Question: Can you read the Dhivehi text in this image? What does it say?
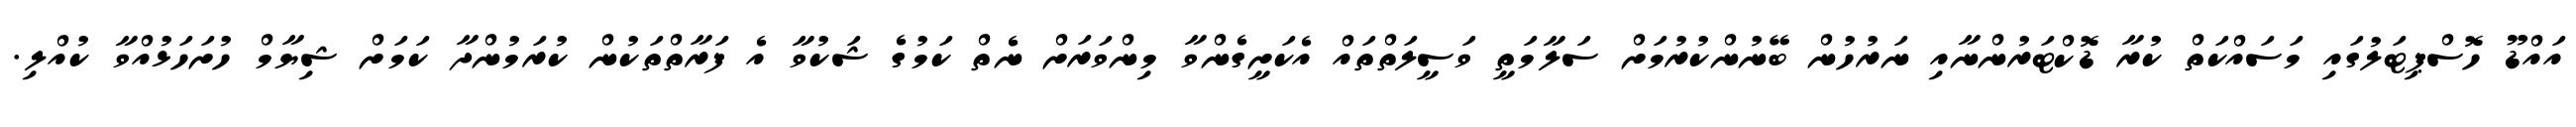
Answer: އައްޑޫ ހޮސްޕިޓަލުގައި މަސައްކަތް ކުރާ ޑޮކްޓަރުންނާއި ނަރުހުން ބޭނުންކުރުމަށް ސަލާމަތީ ވަސީލަތްތައް އެކަށީގެންވާ މިންވަރަށް ނެތް ކަމުގެ ޝަކުވާ އެ ފަރާތްތަކުން ކުރަމުންދާ ކަމަށް ޝިޔާމް ހުށަހަޅުއްވާ ކުއްލި.